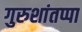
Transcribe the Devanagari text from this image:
गुरुशांतप्पा